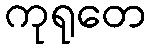
ကုရုတေ